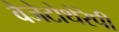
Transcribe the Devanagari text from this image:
वैजेटोथेरेपी